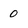
Character: 0